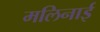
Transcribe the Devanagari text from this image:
मलिनाई